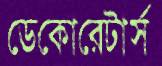
ডেকোরেটার্স